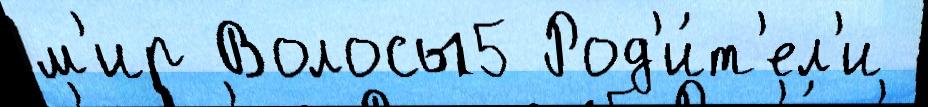
м'ир Волосы5 Род'и́т'ел'и